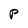
Character: P